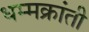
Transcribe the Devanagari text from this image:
धम्मक्रांती